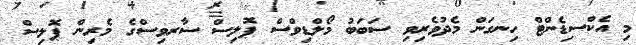
މި އެކްސިޑެންޓް ހިނގަން މެދުވެރިވި ސަބަބު މޯލްޑިވްސް ޕޮލިސް ސާރވިސްގެ މެރިން ޕޮލިސް